Vaccination in Burma 1889-1999 - 1889-1999
Year: 1889
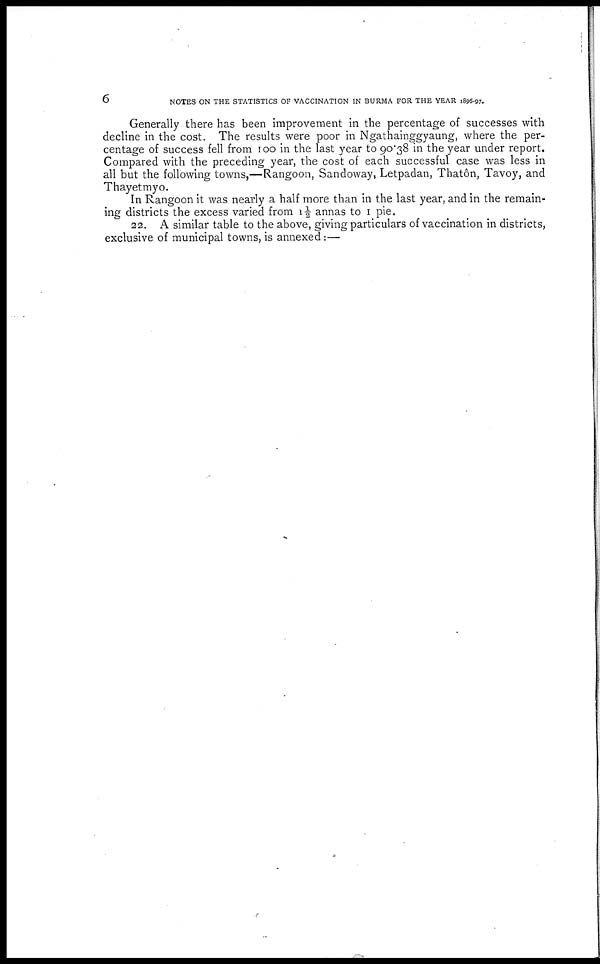
6
NOTES ON THE STATISTICS OF VACCINATION IN BURMA FOR THE YEAR 1896-97.
Generally there has been improvement in the percentage of successes with
decline in the cost. The results were poor in Ngathainggyaung, where the per-
centage of success fell from 100 in the last year to 90.38 in the year under report.
Compared with the preceding year, the cost of each successful case was less in
all but the following towns,—Rangoon, Sandoway, Letpadan, Thatôn, Tavoy, and
Thayetmyo.
In Rangoon it was nearly a half more than in the last year, and in the remain-
ing districts the excess varied from 1½ annas to 1 pie.
22. A similar table to the above, giving particulars of vaccination in districts,
exclusive of municipal towns, is annexed:—